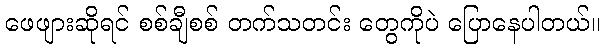
ဖေဖျားဆိုရင် စစ်ချီစစ် တက်သတင်း တွေကိုပဲ ပြောနေပါတယ်။